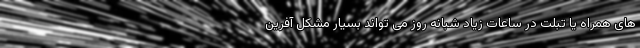
های همراه یا تبلت در ساعات زیاد شبانه روز می تواند بسیار مشکل آفرین